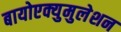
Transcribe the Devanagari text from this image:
बायोएक्युमुलेशन